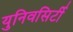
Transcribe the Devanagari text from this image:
युनिवसिर्टी